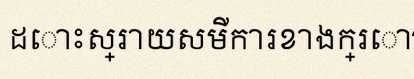
ដោះស្រាយសមីការខាងក្រោម